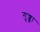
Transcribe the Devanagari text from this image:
गुज्ज्रा